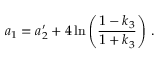
a _ { 1 } = a _ { 2 } ^ { \prime } + 4 \ln \left( \frac { 1 - k _ { 3 } } { 1 + k _ { 3 } } \right) \, .